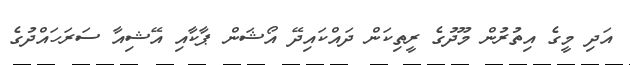
އަދި މީގެ އިތުރުން މޫދުގެ ރީތިކަން ދައްކައިދޭ އޯޝަން ޕާކާއި އޭޝިއާ ސަރަހައްދުގެ